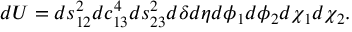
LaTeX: d U = d s _ { 1 2 } ^ { 2 } d c _ { 1 3 } ^ { 4 } d s _ { 2 3 } ^ { 2 } d \delta d \eta d \phi _ { 1 } d \phi _ { 2 } d \chi _ { 1 } d \chi _ { 2 } .